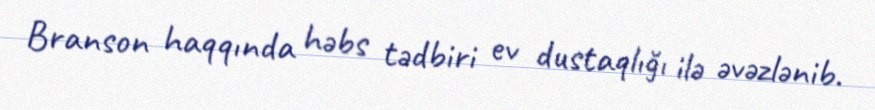
Branson haqqında həbs tədbiri ev dustaqlığı ilə əvəzlənib.